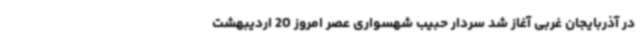
در آذربایجان غربی آغاز شد سردار حبیب شهسواری عصر امروز 20 اردیبهشت